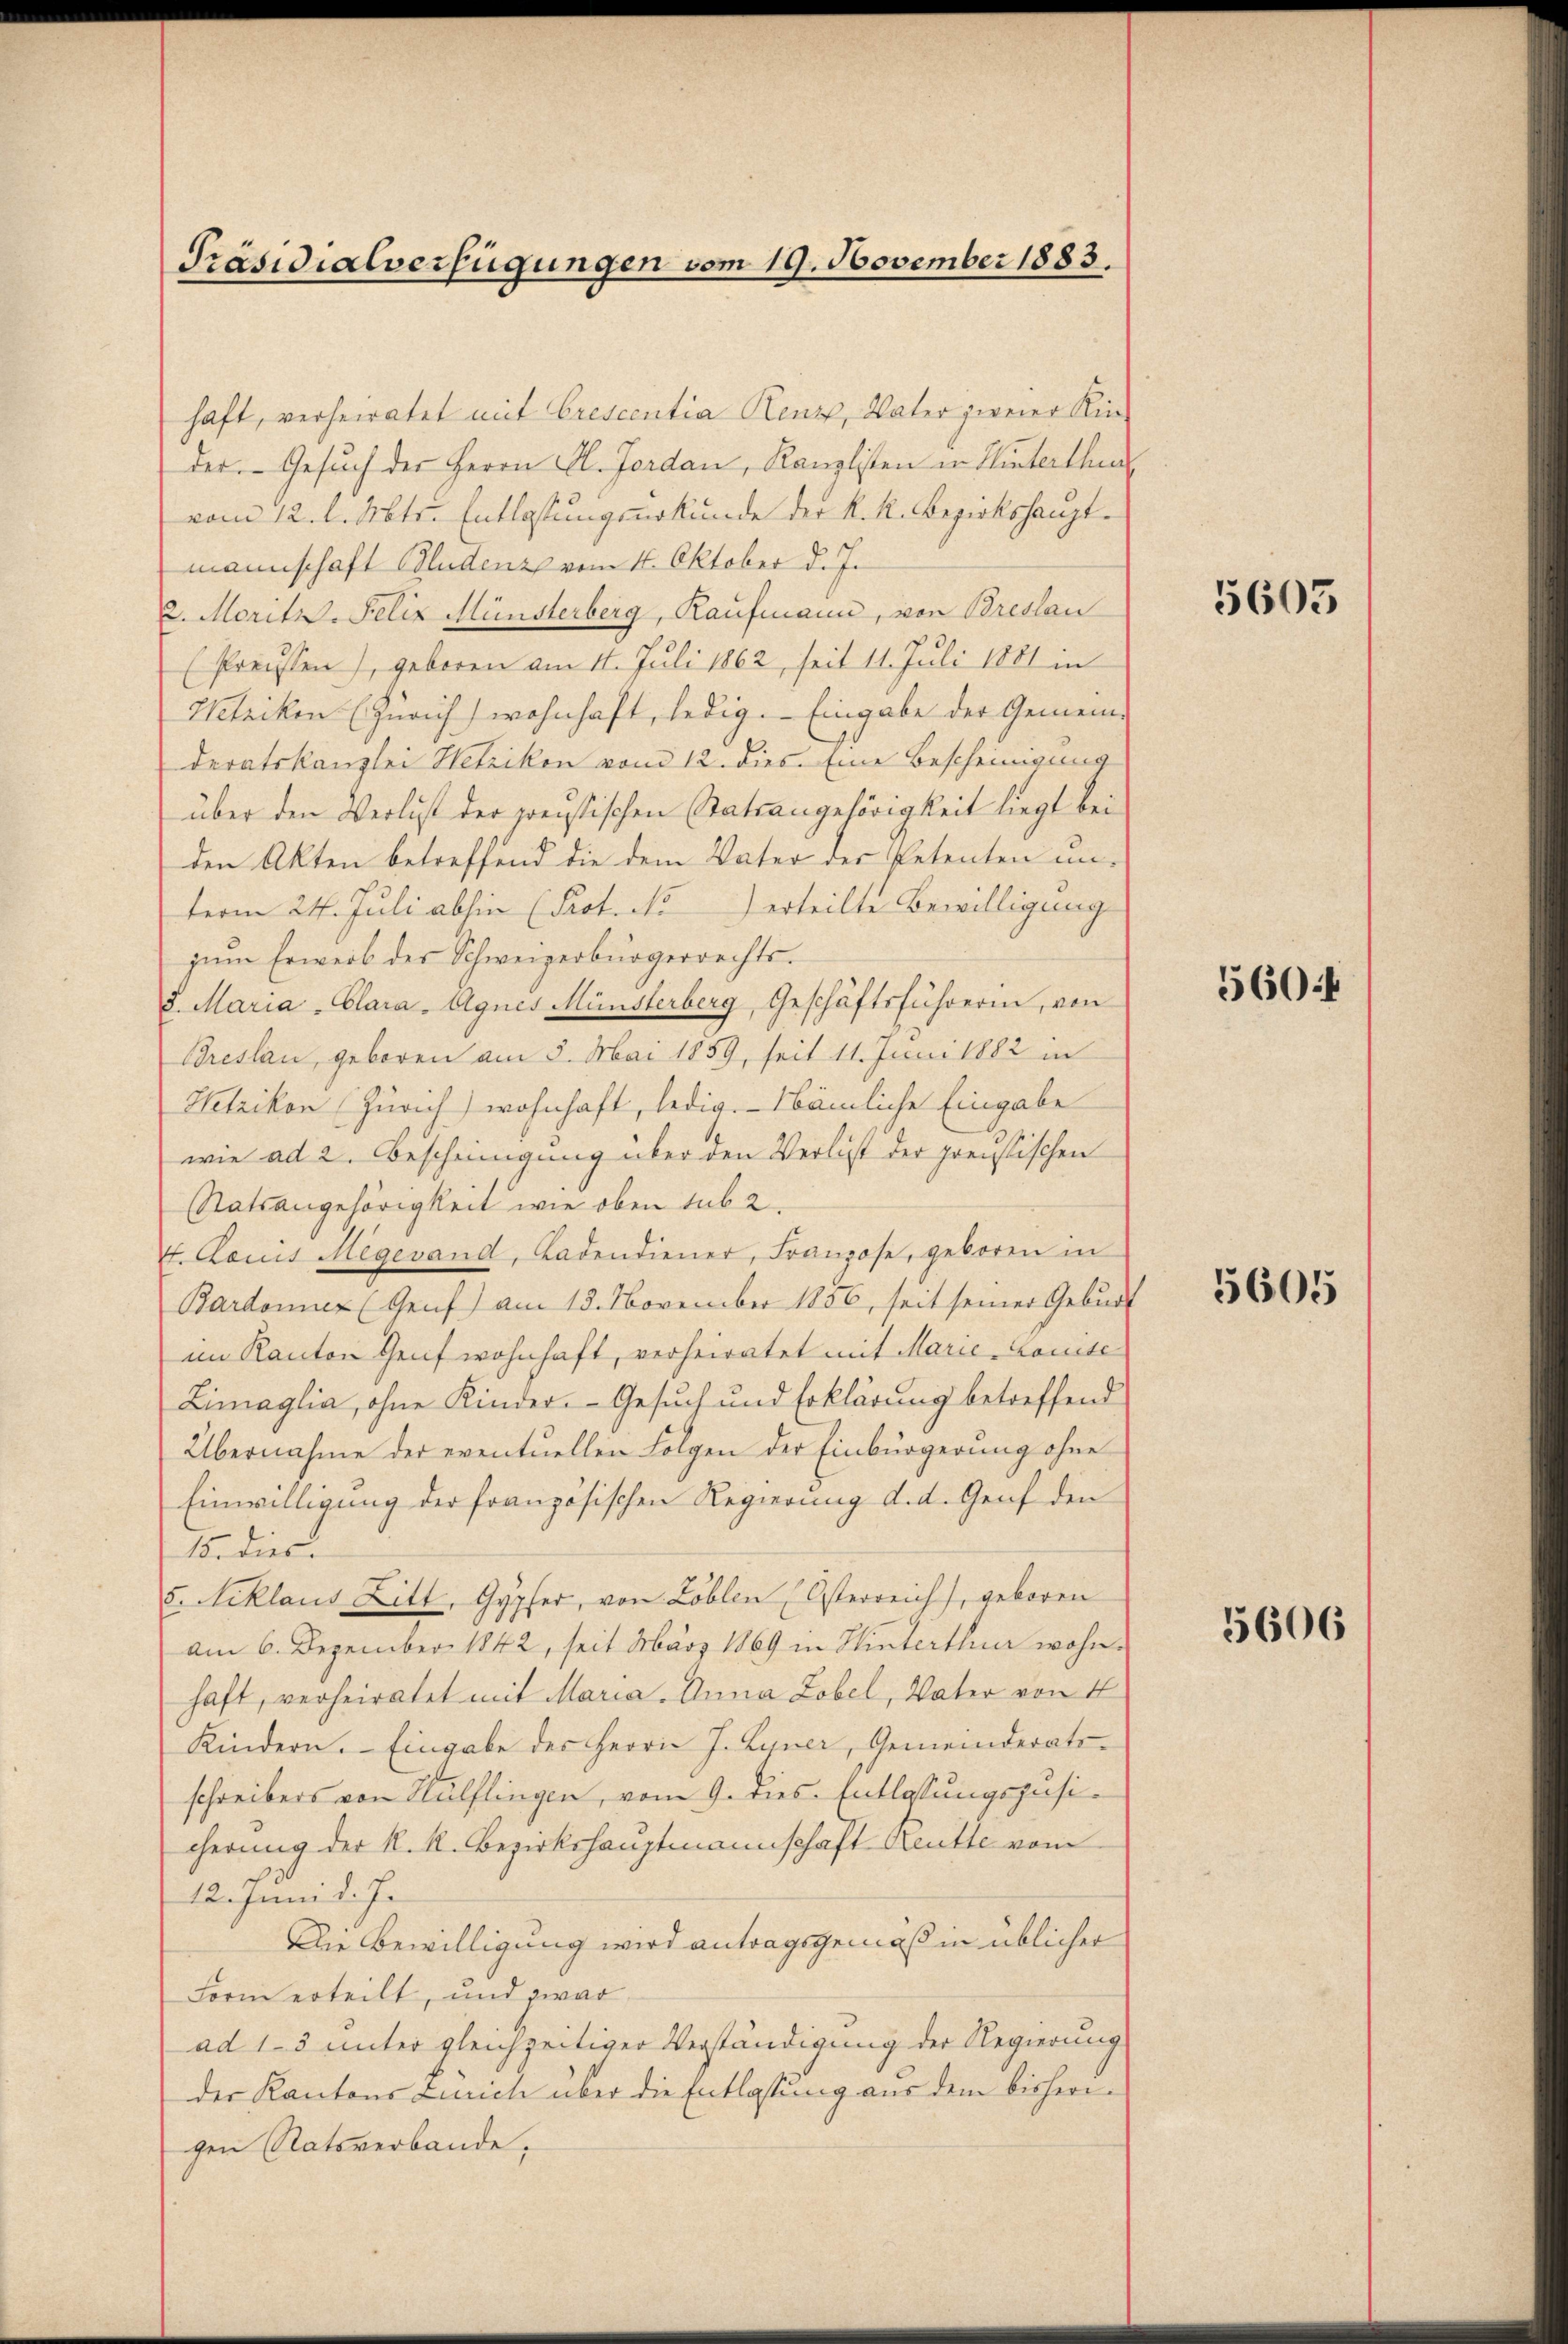
Präsidialverfügungen vom 19. November 1883.

haft, verheiratet mit Crescentia Renze, Vater zweier Kinder. Gesuch der Herrn Al. Jordau, Kanzlisten in Hinterthur
vom 12. l. Mts. Entlastungsurkunde der K. K. Bezirkshauptmannschaft Bludenz vom 16. Oktober d. J.
2. Moritz. Felix Münsterberg, Kaufmann, von Breslau
(Preussen), geboren am 11. Juli 1862, seit 11. Juli 1881 in
Utriken (Zürich wohnhaft, ledig. Eingabe der Gemeinderatskanzlei Wetzikon vom 12. dies. Eine Bescheinigung
über den Verlust der preistischen Statsangehörigkeit liegt bei
den Akten betreffend die dem Vater der Petenten un-
term 24. Juli abhin (Prot. No erteilte Bewilligung
zŭm Erweib der Schweizerbürgerrechts.
8. Maria-Clara - Agnes Münsterberg, Geschäftsführerin, von
Breslau, geboren am 5. Mai 1859, seit 11. Juni 1882 in
Wetzikon (Zürich) wohnhaft, ledig. Nämliche Eingabe
wie ad 2. Bescheinigung über den Verlist der preussischen
Statsangehörigkeit wie oben sub 2
4. Louis Megevand, Ladendiener, Franzose, geboren in
Bardonner (Genf) am 13. November 1856, seit seiner Geburt
im Kanton Genf wohnhaft, verheiratet mit Marie-Comite
Zimaglia, ohne Kinder. Gesuch und Erklärung betreffend
Übernahme der eventuellen Folgen der Einbürgerung ohne
Einwilligung der französischen Regierung d. d. Genf den
15. dies
5. Niklaus Litt, Gypfer, von Löblen Osterreich, geboren
am 6. Dezember 1842, seit März 1869 in Hinterthur wohn-
haft, verheiratet mit Maria Anna Zobel, Vater von 4
Kindern. Eingabe des Herrn J. Lyner, Gemeinderats-
schreibers von Hülflingen, vom 9. ries. Entlassungszusicherung der k. k. Bezirkshauptmannschaft Reutte vom
12. Juni d. J.
Die Bewilligung wird antragsgemäß in üblicher
Form erteilt, und zwar
ad 13 unter gleichzeitiger Verständigung der Regierung
der Kantons Zürich über die Entlassung aus dem bisherigen Ratsverbande,

5603

560

5605

5606